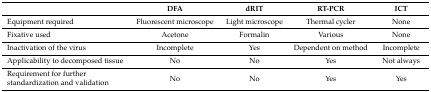
<table><thead><tr><td></td><td><b>DFA</b></td><td><b>dRIT</b></td><td><b>RT-PCR</b></td><td><b>ICT</b></td></tr></thead><tbody><tr><td>Equipment required</td><td>Fluorescent microscope</td><td>Light microscope</td><td>Thermal cycler</td><td>None</td></tr><tr><td>Fixative used</td><td>Acetone</td><td>Formalin</td><td>Various</td><td>None</td></tr><tr><td>Inactivation of the virus</td><td>Incomplete</td><td>Yes</td><td>Dependent on method</td><td>Incomplete</td></tr><tr><td>Applicability to decomposed tissue</td><td>No</td><td>No</td><td>Yes</td><td>Not always</td></tr><tr><td>Requirement for further standardization and validation</td><td>No</td><td>No</td><td>Yes</td><td>Yes</td></tr></tbody></table>